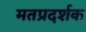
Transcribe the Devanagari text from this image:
मतप्रदर्शक